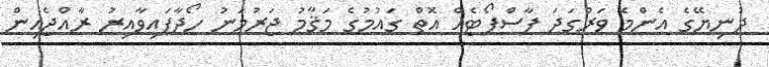
ދުނިޔޭގެ އެންމެ ވަރުގަދަ ޕާސްޕޯޓެއް އޮތް ގައުމުގެ މަޤާމު ޖަރުމަނު ހޯދާފައިވާއިރު ރާއްޖެއިން